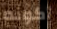
أكونه